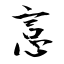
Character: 悥